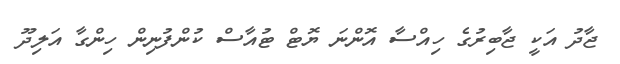
ޖާދު އަކީ ޖާބިރުގެ ހިއްސާ އޮންނަ ޔޮޓް ޓުއާސް ކުންފުނިން ހިންގާ އަލިދޫ